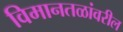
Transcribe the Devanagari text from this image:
विमानतळांवरील